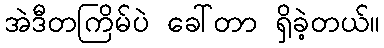
အဲဒီတကြိမ်ပဲ ခေါ်တာ ရှိခဲ့တယ်။